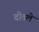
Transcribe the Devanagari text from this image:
दोतले